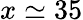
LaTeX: x\simeq 35